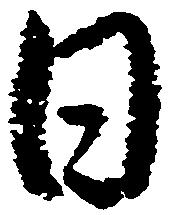
日